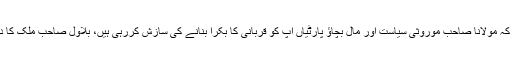
بدھ کو اپنے ٹویٹس میں وزیراعظم کی معاون خصوصی ڈاکٹر فردوس عاشق اعوان نے کہا کہ مولانا صاحب موروثی سیاست اور مال بچاؤ پارٹیاں آپ کو قربانی کا بکرا بنانے کی سازش کررہی ہیں، بلاول صاحب ملک کا دورہ کرنے کے بجائے کراچی کا دورہ کرکے وہاں پھیلے کچرے کی صفائی پر توجہ دیں۔